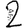
Digit: 2